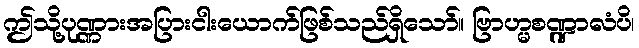
ဤသို့ပုဏ္ဏားအပြားငါးယောက်ဖြစ်သည်ရှိသော်။ ဗြာဟ္မစဏ္ဍာလံပိ၊